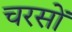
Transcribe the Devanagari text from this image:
चरसों